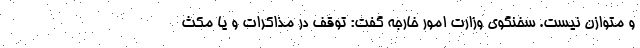
و متوازن نیست. سخنگوی وزارت امور خارجه گفت: توقف در مذاکرات و یا مکث